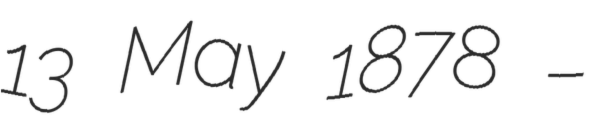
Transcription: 13 May 1878 –